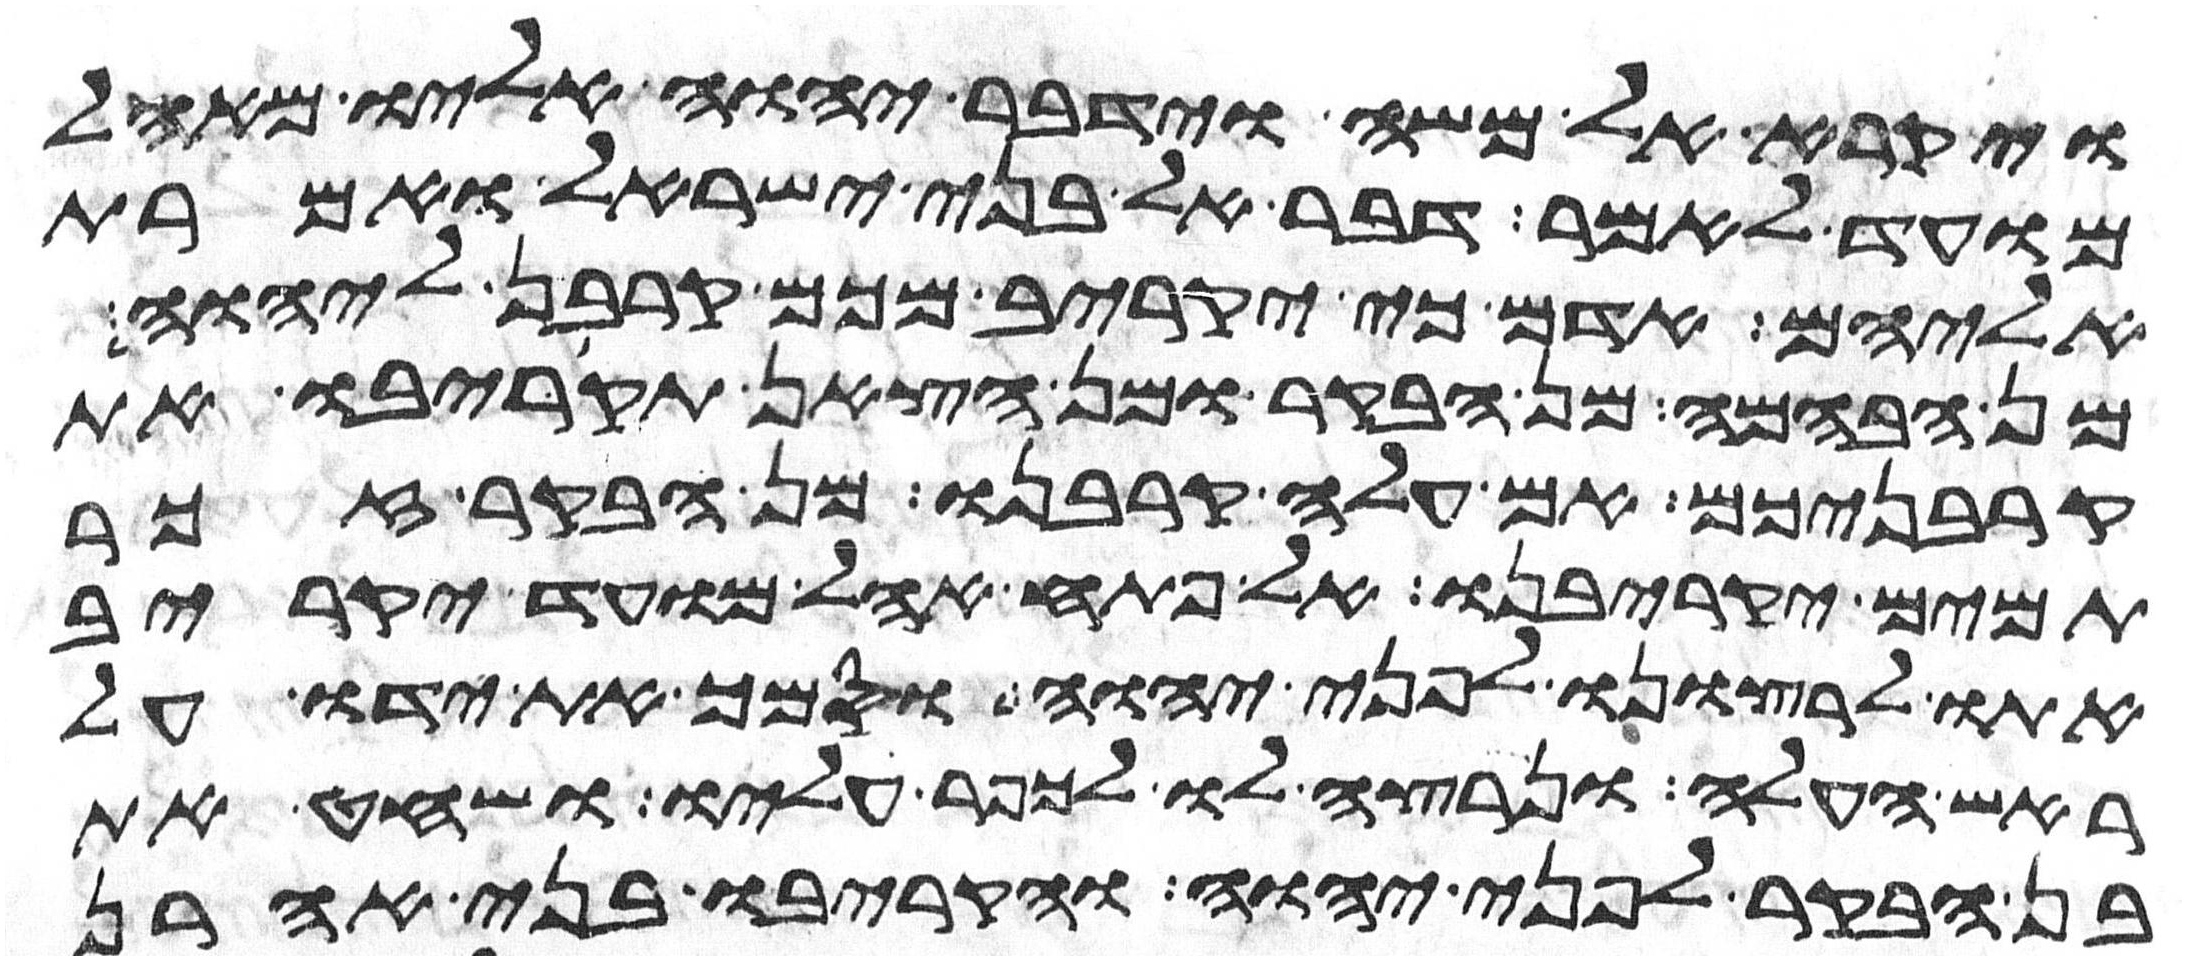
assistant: ויקרא אל משה וידבר יהוה אליו מאהל
מועד לאמר דבר אל בני ישראל ואמרת
אליהם אדם כי יקריב מכם קרבן ליהוה
מן הבהמה מן הבקר או מן הצאן תקריבו את
קרבניכם אם עלה קרבנו מן הבקר זכר
תמים יקריבנו אל פתח אהל מועד יקריב
אתו לרצונו לפני יהוה וסמך את ידו על
ראש העלה ונרצה לו לכפר עליו ושחט את
בן הבקר לפני יהוה והקריבו בני אהרן